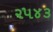
૨૫૪૩